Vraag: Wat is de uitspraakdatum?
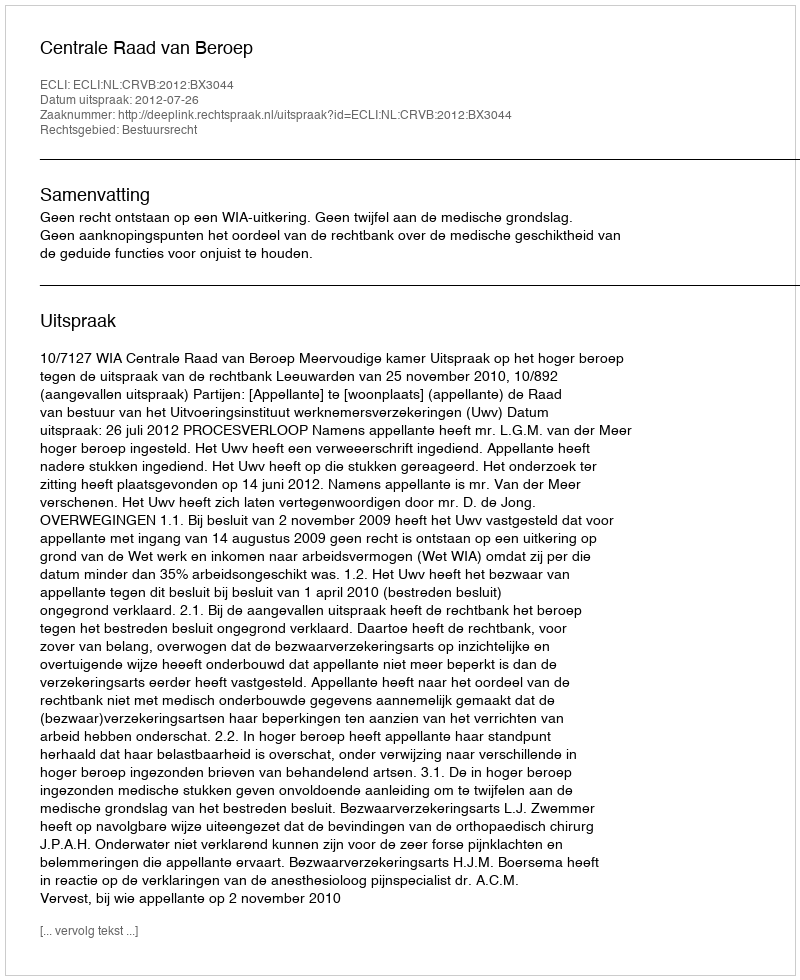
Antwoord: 2012-07-26